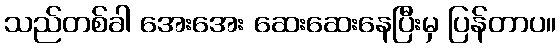
သည်တစ်ခါ အေးအေး ဆေးဆေးနေပြီးမှ ပြန်တာပ။